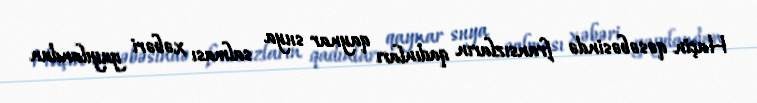
Haçin qəsəbəsində fransızların qadınları qaynar suya salması xəbəri yayılandan